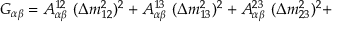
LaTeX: { \cal G } _ { \alpha \beta } = A _ { \alpha \beta } ^ { 1 2 } ~ ( \Delta m _ { 1 2 } ^ { 2 } ) ^ { 2 } + A _ { \alpha \beta } ^ { 1 3 } ~ ( \Delta m _ { 1 3 } ^ { 2 } ) ^ { 2 } + A _ { \alpha \beta } ^ { 2 3 } ~ ( \Delta m _ { 2 3 } ^ { 2 } ) ^ { 2 } +